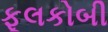
ફૂલકોબી